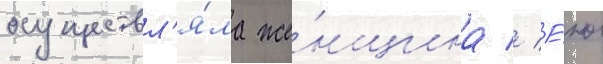
осуществл'я́ла же́нщина // Е́ю